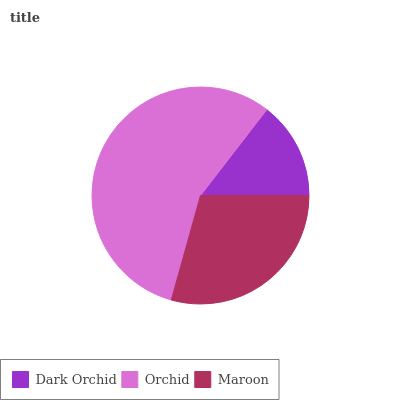
| Dark Orchid | Orchid | Maroon |
 | --- | --- | --- |
 | 14.5% | 56.2% | 29.3% |